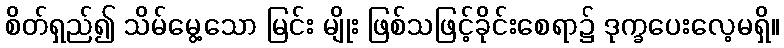
စိတ်ရှည်၍ သိမ်မွေ့သော မြင်း မျိုး ဖြစ်သဖြင့်ခိုင်းစေရာ၌ ဒုက္ခပေးလေ့မရှိ။